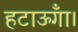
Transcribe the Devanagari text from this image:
हटाऊँगा।